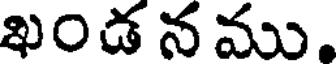
ఖండ న ము.